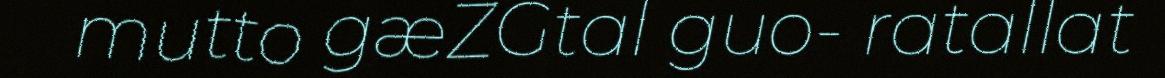
mutto gæZGtal guo- ratallat